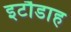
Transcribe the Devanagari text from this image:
इटौडाह